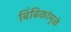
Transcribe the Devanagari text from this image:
बिंबिकांमुळे